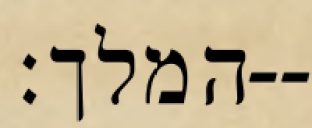
המלך׃--